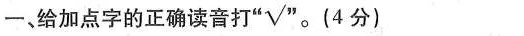
一、给加点字的正确读音打”√”。(4分)